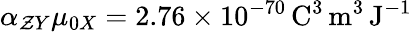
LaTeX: \alpha_{\mathcal{Z}Y}\mu_{0X}=2.76\times10^{-70}\, \mathrm{{C}}^{3}\, \mathrm{{m}}^{3}\, \mathrm{{J}}^{-1}